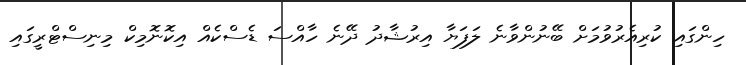
ހިންގައި ކުރިއެރުވުމަށް ބޭނުންވާނެ ލަފަޔާ އިރުޝާދު ދޭނެ ހާއްސަ ޑެސްކެއް އިކޮނޮމިކް މިނިސްޓްރީގައި